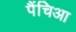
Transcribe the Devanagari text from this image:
पैंचिआ